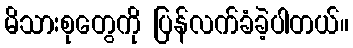
မိသားစုတွေကို ပြန်လက်ခံခဲ့ပါတယ်။